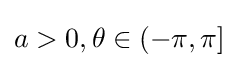
a>0,\theta \in (-\pi ,\pi ]